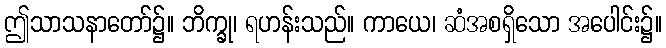
ဤသာသနာတော်၌။ ဘိက္ခု၊ ရဟန်းသည်။ ကာယေ၊ ဆံအစရှိသော အပေါင်း၌။